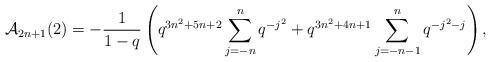
LaTeX: \begin{align*} \mathcal{A}_{2n+1}(2) = -\frac{1}{1-q}\left(q^{3n^2+5n+2}\sum_{j=-n}^{n} q^{-j^2} + q^{3n^2+4n+1}\sum_{j=-n-1}^n q^{-j^2-j}\right),\end{align*}